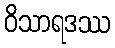
ဝိသာရဒဿ